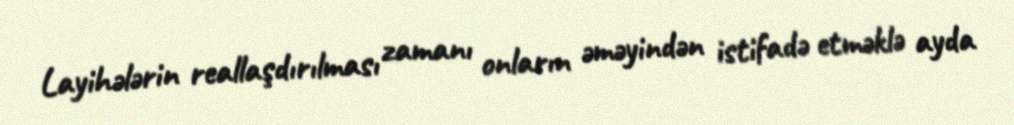
Layihələrin reallaşdırılması zamanı onların əməyindən istifadə etməklə ayda